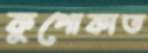
কুপোকাত